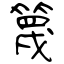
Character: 篾